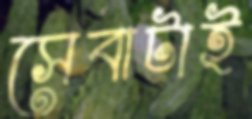
সেবাটাই